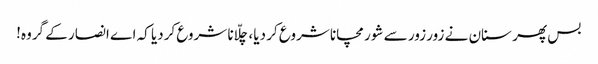
بس پھر سنان نے زور زور سے شور مچانا شروع کر دیا، چلّانا شروع کردیا کہ اے انصار کے گروہ!